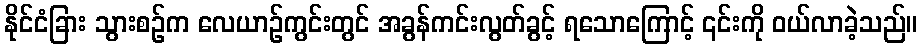
နိုင်ငံခြား သွားစဉ်က လေယာဉ်ကွင်းတွင် အခွန်ကင်းလွတ်ခွင့် ရသောကြောင့် ၎င်းကို ဝယ်လာခဲ့သည်။